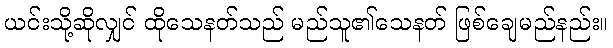
ယင်းသို့ဆိုလျှင် ထိုသေနတ်သည် မည်သူ၏သေနတ် ဖြစ်ချေမည်နည်း။